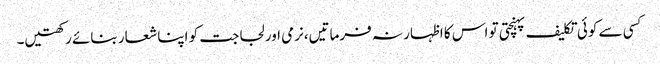
کسی سے کوئی تکلیف پہنچتی تو اس کا اظہار نہ فرماتیں،نرمی اور لجاجت کو اپنا شعار بنائے رکھتیں۔